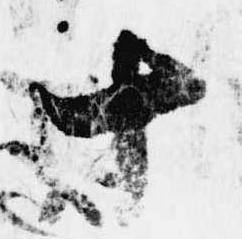
十